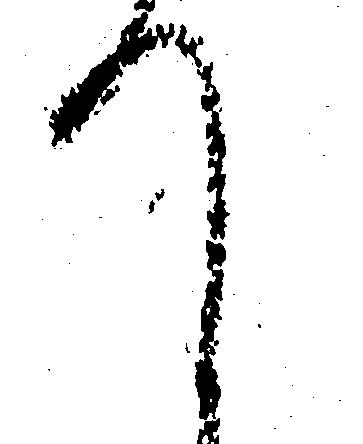
て